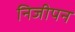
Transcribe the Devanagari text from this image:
निजीपन